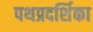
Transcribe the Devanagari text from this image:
पथप्रदर्शिका